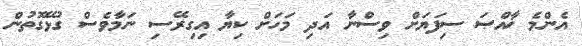
އެންމެ ޚާއްޞަ ސިފަޔަށް ވިސްނާ އަދި މަހަށް ކިޔާ އިގިރޭސި ނަމާވެސް ގުޅޭގޮތުން